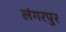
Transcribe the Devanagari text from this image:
लंगरपुर